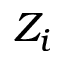
Z _ { i }